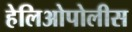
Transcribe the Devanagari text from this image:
हेलिओपोलीस